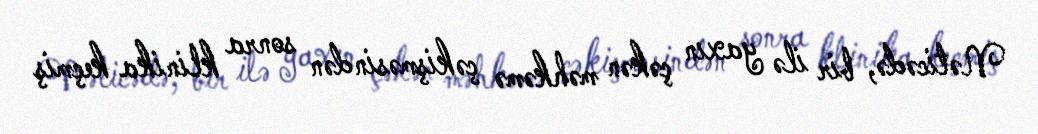
Nəticədə, bir ilə yaxın çəkən məhkəmə çəkişməsindən sonra klinika keçmiş